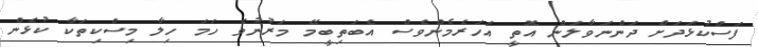
ފަސްކުޅަދަށް ދަންނަވާލަން އޮތީ އަހަރެމެންވެސް އެބަތިބީމޭ މަރުނުވެ ހަމަ ހިލާ މިސްކިތަކާ ކުޅެން